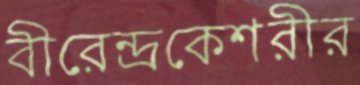
বীরেন্দ্রকেশরীর